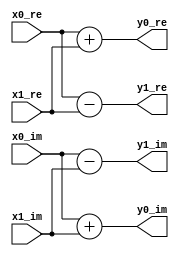
module Butterfly2 #(
    parameter WIDTH=14
) (
    input   signed  [WIDTH-1:0] x0_re,  //  Input Data #0 (Real)
    input   signed  [WIDTH-1:0] x0_im,  //  Input Data #0 (Imag)
    input   signed  [WIDTH-1:0] x1_re,  //  Input Data #1 (Real)
    input   signed  [WIDTH-1:0] x1_im,  //  Input Data #1 (Imag)
    output  signed  [WIDTH-1:0] y0_re,  //  Output Data #0 (Real)
    output  signed  [WIDTH-1:0] y0_im,  //  Output Data #0 (Imag)
    output  signed  [WIDTH-1:0] y1_re,  //  Output Data #1 (Real)
    output  signed  [WIDTH-1:0] y1_im   //  Output Data #1 (Imag)
);

wire signed [WIDTH-1:0]   add_re, add_im, sub_re, sub_im;


assign  add_re = x0_re + x1_re;
assign  add_im = x0_im + x1_im;
assign  sub_re = x0_re - x1_re;
assign  sub_im = x0_im - x1_im;

// round  #(.WIDTH(WIDTH)) U0(
//     .num_in(add_re),
//     .rounded_out(y0_re)
// );

// round  #(.WIDTH(WIDTH)) U1(
//     .num_in(add_im),
//     .rounded_out(y0_im)
// );
// round  #(.WIDTH(WIDTH)) U2(
//     .num_in(sub_re),
//     .rounded_out(y1_re)
// );
// round  #(.WIDTH(WIDTH)) U3(
//     .num_in(sub_im),
//     .rounded_out(y1_im)
// );
assign  y0_re = add_re;
assign  y0_im = add_im;
assign  y1_re = sub_re;
assign  y1_im = sub_im;

endmodule